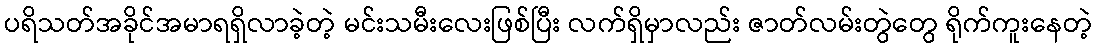
ပရိသတ်အခိုင်အမာရရှိလာခဲ့တဲ့ မင်းသမီးလေးဖြစ်ပြီး လက်ရှိမှာလည်း ဇာတ်လမ်းတွဲတွေ ရိုက်ကူးနေတဲ့